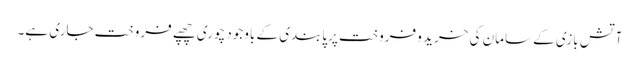
آتش بازی کے سامان کی خرید و فروخت پرپابندی کے باوجود چوری چھپے فروخت جاری ہے۔